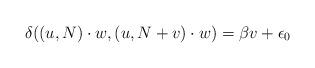
LaTeX: \begin{align*} \delta((u,N)\cdot w, (u, N+v)\cdot w)=\beta v+\epsilon_0 \end{align*}